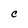
Character: c